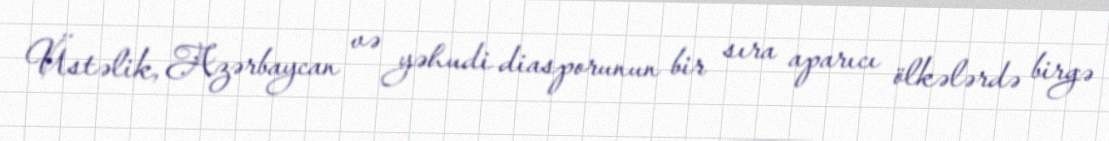
Üstəlik, Azərbaycan və yəhudi diasporunun bir sıra aparıcı ölkələrdə birgə